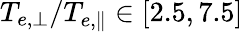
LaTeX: T_{e,\perp}/T_{e,\parallel}\in[2.5,7.5]